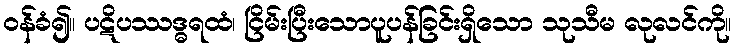
ဝန်ခံ၍။ ပဋိပဿဒ္ဓရထံ၊ ငြိမ်းပြီးသောပူပန်ခြင်းရှိသော သုသီမ လုလင်ကို။